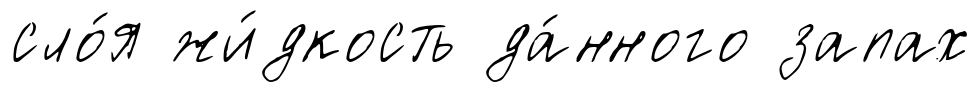
сло́я жи́дкость да́нного запах